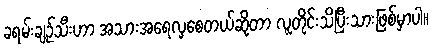
ခရမ်းချဉ်သီးဟာ အသားအရေလှစေတယ်ဆိုတာ လူတိုင်းသိပြီးသားဖြစ်မှာပါ။